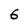
Character: 6